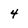
Character: 4